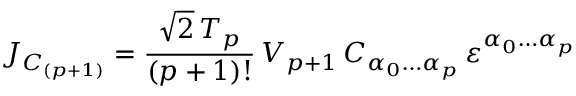
J _ { C _ { ( p + 1 ) } } = \frac { \sqrt { 2 } \, T _ { p } } { ( p + 1 ) ! } \, V _ { p + 1 } \, C _ { \alpha _ { 0 } \ldots \alpha _ { p } } \, \varepsilon ^ { \alpha _ { 0 } \ldots \alpha _ { p } }